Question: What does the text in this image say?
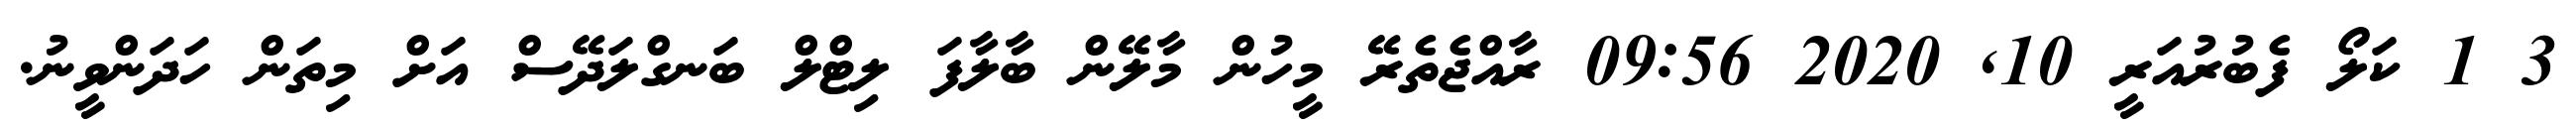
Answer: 3 1 ކަލޯ ފެބުރުއަރީ 10, 2020 09:56 ރާއްޖެތެރޭ މީހުން މާލޭން ބާލާފަ ލިޓްލް ބަނގްލަދޭސް އަށް މިތަން ހަދަންވީނު.